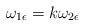
LaTeX: \begin{align*} \omega_{1\epsilon} = k\omega_{2\epsilon} \end{align*}